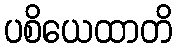
ပစိယေထာတိ